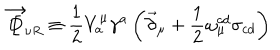
LaTeX: \overrightarrow { \not \! \! D } _ { \nu R } \equiv \frac { 1 } { 2 } V _ { a } ^ { \mu } \gamma ^ { a } \left( \vec { \partial } _ { \mu } + \frac { 1 } { 2 } \omega _ { \mu } ^ { c d } \sigma _ { c d } \right)